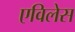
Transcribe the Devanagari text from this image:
एविलेस